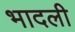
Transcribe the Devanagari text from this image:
भादली